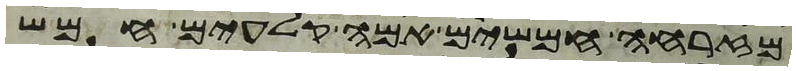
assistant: מזרחה חמשים אמה קלעים חמש